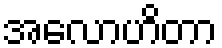
အလောဟိတာ